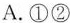
A.①②B.①④ C.②③ D.③④